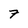
Character: 7